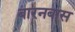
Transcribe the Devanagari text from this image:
बारनबास